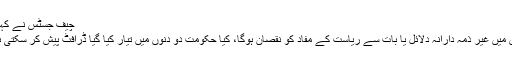
چیف جسٹس نے کہا کہ
کیس میں غیر ذمہ دارانہ دلائل یا بات سے ریاست کے مفاد کو نقصان ہوگا، کیا حکومت دو دنوں میں تیار کیا گیا ڈرافٹ پیش کر سکتی ہے؟